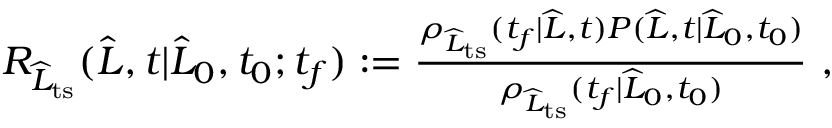
\begin{array} { r } { R _ { \widehat { L } _ { \mathrm { t s } } } ( \widehat { L } , t | \widehat { L } _ { 0 } , t _ { 0 } ; t _ { f } ) : = \frac { \rho _ { \widehat { L } _ { \mathrm { t s } } } ( t _ { f } | \widehat { L } , t ) P ( \widehat { L } , t | \widehat { L } _ { 0 } , t _ { 0 } ) } { \rho _ { \widehat { L } _ { \mathrm { t s } } } ( t _ { f } | \widehat { L } _ { 0 } , t _ { 0 } ) } \ , } \end{array}